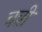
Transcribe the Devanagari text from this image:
चत्री